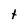
Character: t